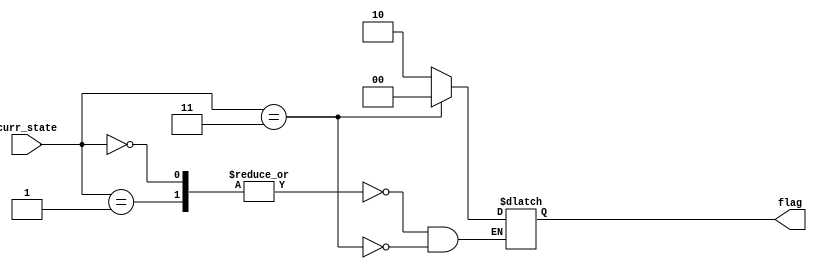
// Another sequential logic example

module incomp_state_spec (curr_state, flag);

   input [0:1] curr_state;
   output reg [0:1] flag;
   //flag = 0; then it would have been a combinational circuit
   always @ (curr_state)
     case (curr_state)
       0, 1 : flag = 2;
       3    : flag = 0;
     endcase

endmodule